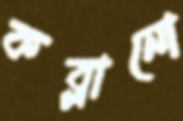
কব্‌লানো